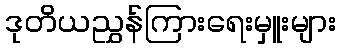
ဒုတိယညွှန်ကြားရေးမှူးများ